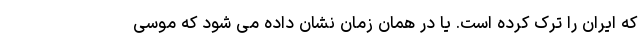
که ایران را ترک کرده است. یا در همان زمان نشان داده می شود که موسی